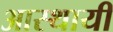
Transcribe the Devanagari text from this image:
आस्थायी